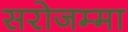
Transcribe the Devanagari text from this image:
सरोजम्मा